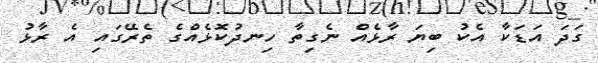
ގަދަ އަޑަކާ އެކު ބިޔަ ރާޅެއް ނެގިތާ ހިނދުކޮޅެއްގެ ތެރޭގައި އެ ރާޅު